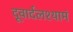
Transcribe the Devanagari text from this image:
दूवार्दलश्यामं